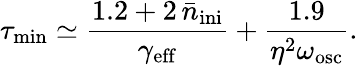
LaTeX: \tau_{\mathrm{min}}\simeq\frac{1.2+2\, \bar{n}_{\mathrm{ini}}}{\gamma_{\mathrm{eff}}}+\frac{1.9}{\eta^{2}\omega_{\mathrm{osc}}}.